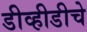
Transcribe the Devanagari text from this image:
डीव्हीडीचे